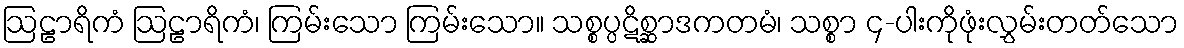
ဩဠာရိကံ ဩဠာရိကံ၊ ကြမ်းသော ကြမ်းသော။ သစ္စပ္ပဋိစ္ဆာဒကတမံ၊ သစ္စာ ၄-ပါးကိုဖုံးလွှမ်းတတ်သော